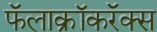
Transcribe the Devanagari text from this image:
फॅलाक्रॉकरॅक्स